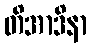
တိအာဒိနာ